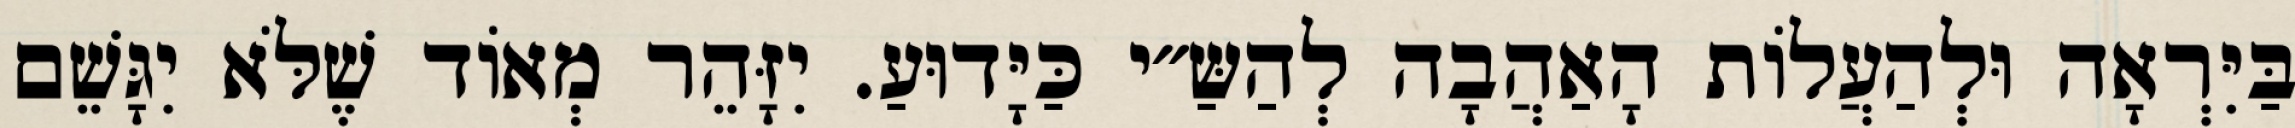
בַּיִּרְאָה וּלְהַעֲלוֹת הָאַהֲבָה לְהַשַּ״י כַּיָּדוּעַ. יִזָּהֵר מְאוֹד שֶׁלֹּא יִגָּשֵׁם